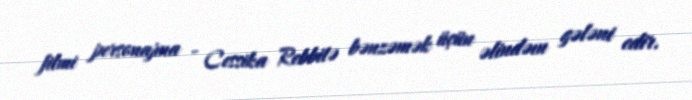
filmi personajına - Cessika Rebbitə bənzəmək üçün əlindəın gələni edir.